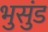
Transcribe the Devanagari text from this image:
भुसुंड